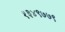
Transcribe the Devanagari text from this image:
१३४९७७९